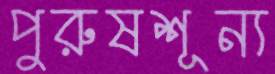
পুরুষশূন্য